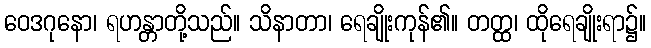
ဝေဒဂုနော၊ ရဟန္တာတို့သည်။ သိနာတာ၊ ရေချိုးကုန်၏။ တတ္ထ၊ ထိုရေချိုးရာ၌။